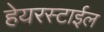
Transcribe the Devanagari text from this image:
हेयरस्टाईल